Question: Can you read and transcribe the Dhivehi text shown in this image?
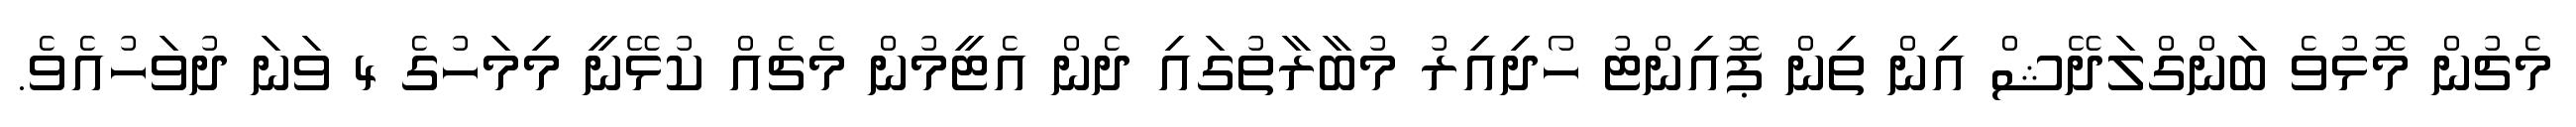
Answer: މެޗުން މޮޅުވެ ބަންގްލަދޭޝް އިން ތިން ޕޮއިންޓު ހޯދިއިރު މުބާރާތުގައި ދެން އެޓީމުން މެޗެއް ކުޅޭނީ މިމަހުގެ 4 ވަނަ ދުވަހުއެވެ.